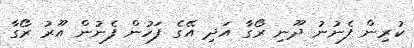
ކުރިން ފެނުނު ދޫނި ރޯގާ އަދި އޭގެ ފަހުން ފެނުން އޫރު ރޯގާ